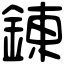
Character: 錬